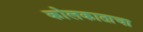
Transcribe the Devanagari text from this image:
कोलकाताचा